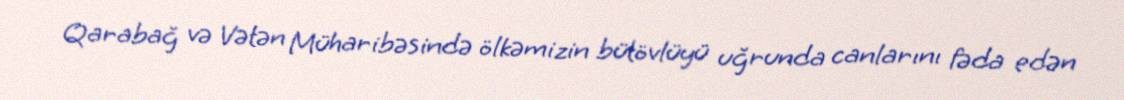
Qarabağ və Vətən Müharibəsində ölkəmizin bütövlüyü uğrunda canlarını fəda edən